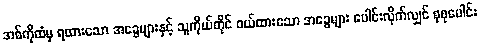
အစ်ကိုထံမှ ရထားသော အခွေများနှင့် သူကိုယ်တိုင် ဝယ်ထားသော အခွေများ ပေါင်းလိုက်လျှင် စုစုပေါင်း